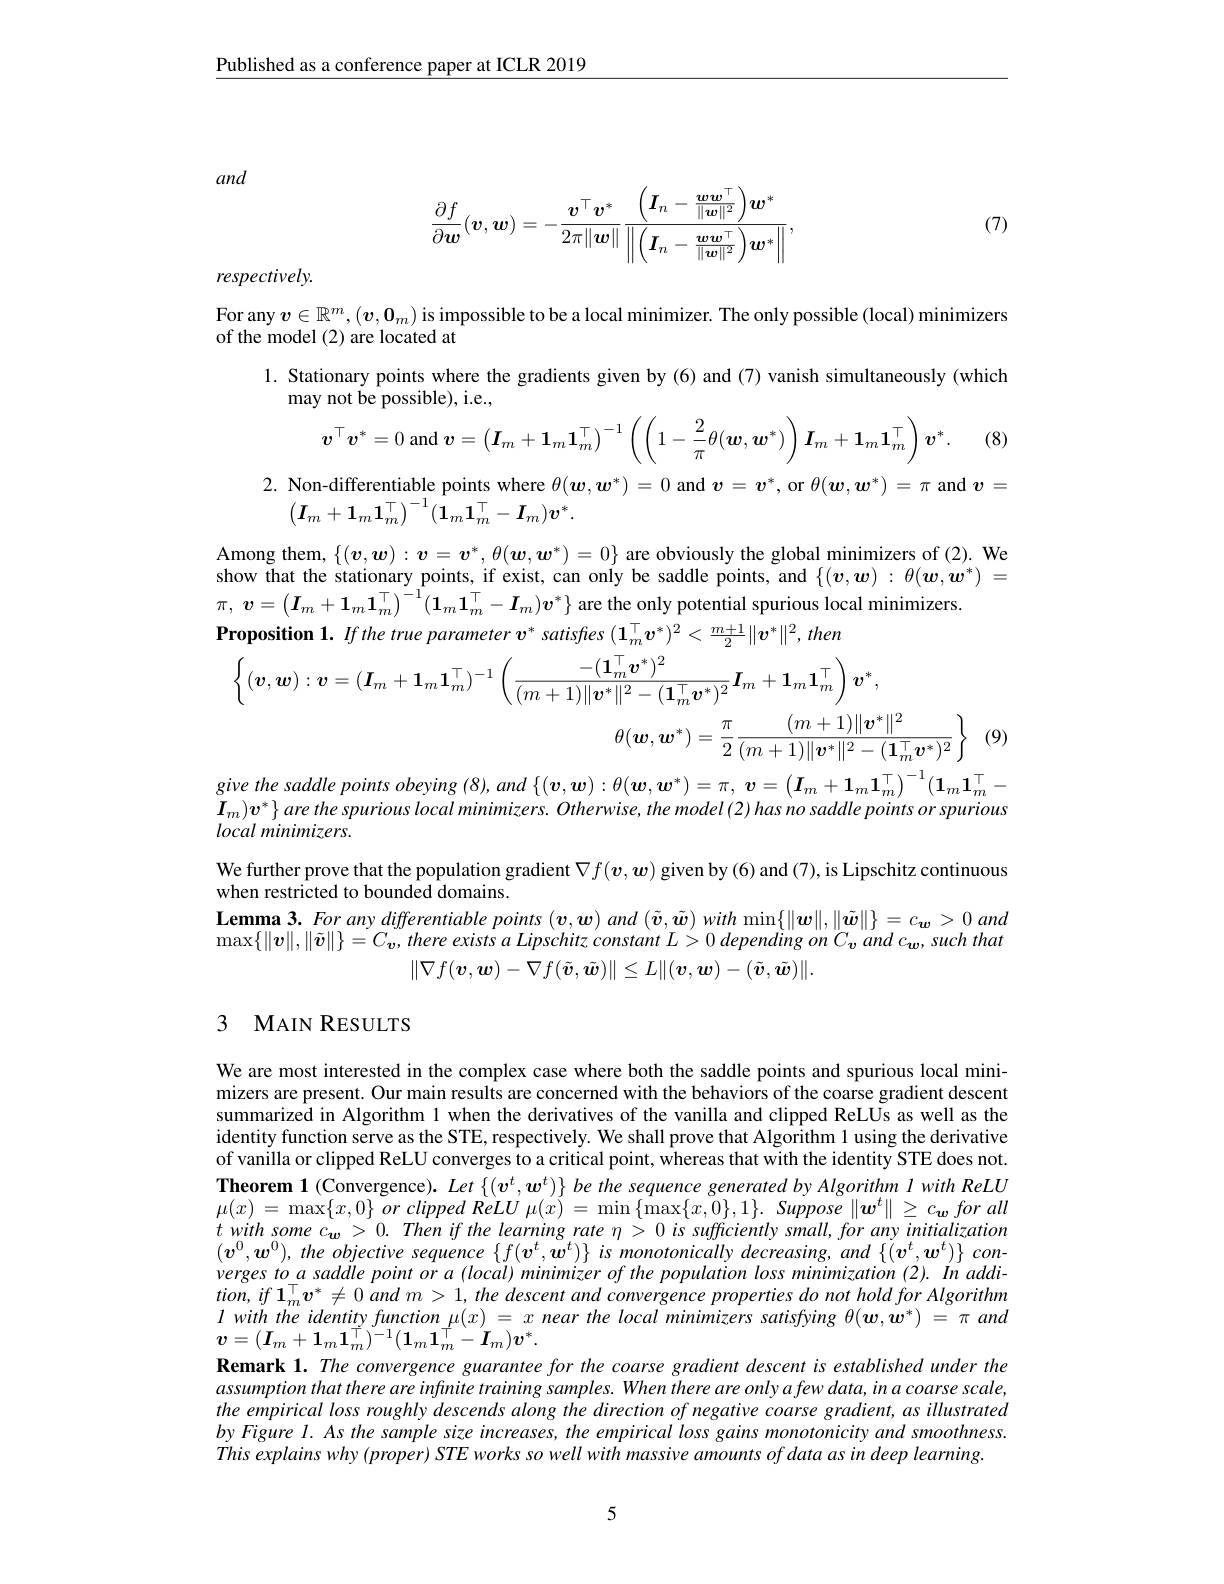
$\underline{\text{Published as a conference paper at ICLR 2019}}$

and
$$\dfrac{\partial f}{\partial\boldsymbol{w}}(\boldsymbol{v},\boldsymbol{w})=-\dfrac{\boldsymbol{v}^\top\boldsymbol{v}^*}{2\pi\|\boldsymbol{w}\|}\dfrac{\left(\boldsymbol{I}_n-\frac{\boldsymbol{w}\boldsymbol{w}^\top}{\|\boldsymbol{w}\|^2}\right)\boldsymbol{w}^*}{\left\|\left(\boldsymbol{I}_n-\frac{\boldsymbol{w}\boldsymbol{w}^\top}{\|\boldsymbol{w}\|^2}\right)\boldsymbol{w}^*\right\|},$$
(7)

respectively.

For any $v\in\mathbb{R}^m,(v,0_m)$ is impossible to be a local minimizer. The only possible (local) minimizers
of the model (2) are located at
1. Stationary points where the gradients given by (6) and (7) vanish simultaneously (which
may not be possible), i.e.,
$$\boldsymbol{v}^\top\boldsymbol{v}^*=0\mathrm{~and~}\boldsymbol{v}=\left(\boldsymbol{I}_m+\boldsymbol{1}_m\boldsymbol{1}_m^\top\right)^{-1}\left(\left(1-\frac{2}{\pi}\theta(\boldsymbol{w},\boldsymbol{w}^*)\right)\boldsymbol{I}_m+\boldsymbol{1}_m\boldsymbol{1}_m^\top\right)\boldsymbol{v}^*.$$
2. Non-differentiable points where $\theta(\boldsymbol{w},\boldsymbol{w}^*)=0$ and $\boldsymbol v=\boldsymbol{v}^*$, or $\theta(\boldsymbol{w},\boldsymbol{w}^*)=\pi$ and $\boldsymbol{v}=$
$$\begin{pmatrix}\boldsymbol{I}_m+\boldsymbol{1}_m\boldsymbol{1}_m^\top\end{pmatrix}^{-1}(\hat{\boldsymbol{1}}_m\boldsymbol{1}_m^\top-\boldsymbol{I}_m)\boldsymbol{v}^*.$$
Among them, $\{(\boldsymbol{v},\boldsymbol{w}):\boldsymbol{v}=\boldsymbol{v}^*,\theta(\boldsymbol{w},\boldsymbol{w}^*)=0\}$ are obviously the global minimizers of (2). We show that the stationary points, if exist, can only be saddle points, and $\{(\boldsymbol{v},\boldsymbol{w}):\theta(\boldsymbol{w},\boldsymbol{w}^*)=$ $\pi $, $\boldsymbol{v}= \left ( \boldsymbol{I}_m+ \boldsymbol{1}_m\boldsymbol{1}_m^\top \right ) ^{- 1}( \boldsymbol{1}_m\boldsymbol{1}_m^\top - \boldsymbol{I}_m) \boldsymbol{v}^* \}$ are the only potential spurious local minimizers.
Proposition 1. If the true parameter v satisfres $(\mathbf{1}_m^\top\boldsymbol{v}^*)^2<\frac{m+1}2\|\boldsymbol{v}^*\|^2,then$

$^{'}(\boldsymbol{v},\boldsymbol{w}):\boldsymbol{v}=(\boldsymbol{I}_{m}+\mathbf{1}_{m}\mathbf{1}_{m}^{\top})^{-1}\left(\frac{-(\mathbf{1}_{m}^{\top}\boldsymbol{v}^{*})^{2}}{(m+1)\|\boldsymbol{v}^{*}\|^{2}-(\mathbf{1}^{\top}\boldsymbol{v}^{*})^{2}}\boldsymbol{I}_{m}+\mathbf{1}_{m}\mathbf{1}_{m}^{\top}\right)\boldsymbol{v}^{*}$
$$\theta(\boldsymbol{w},\boldsymbol{w}^*)=\frac{\pi}{2}\frac{(m+1)\|\boldsymbol{v}^*\|^2}{(m+1)\|\boldsymbol{v}^*\|^2-(\boldsymbol{1}_m^\top\boldsymbol{v}^*)^2}\bigg\}$$
(9)

give the saddle points obeying $( 8) , and$ $\{ ( \boldsymbol{v}, \boldsymbol{w}) : \theta ( \boldsymbol{w}, \boldsymbol{w}^* ) = \pi $, $\boldsymbol{v}= \left ( \boldsymbol{I}_m+ \boldsymbol{1}_m\boldsymbol{1}_m^\top \right ) ^{- 1}( \boldsymbol{1}_m\boldsymbol{1}_m^\top -$ $\boldsymbol{I}_m)\boldsymbol{v}^*\}$ are the spurious local minimizers. Otherwise, the model (2) has no saddle points or spurious local minimizers.
We further prove that the population gradient $\nabla f(\boldsymbol{v},\boldsymbol{w})$ given by (6) and (7), is Lipschitz continuous
when restricted to bounded domains.
$\textbf{Lemma 3. For any differentiable points }( \boldsymbol{v}, \boldsymbol{w}) \textit{ and }( \tilde{\boldsymbol{v}} , \tilde{\boldsymbol{w}} ) \textit{ with}\operatorname* { min} \{ \| \boldsymbol{w}\| , \| \tilde{\boldsymbol{w}} \| \} = c_{\boldsymbol{w}}> 0$ and $\max \{ \| \boldsymbol{v}\| , \| \tilde{\boldsymbol{v}} \| \} = C_{\boldsymbol{v}}, there$ exists $a$ Lipschitz constant $L> 0$ depending $on$ $C_{\boldsymbol{v}}$ and $c_{\boldsymbol{w}}$, such that
$\|\nabla f(\boldsymbol{v},\boldsymbol{w})-\nabla f(\tilde{\boldsymbol{v}},\tilde{\boldsymbol{w}})\|\leq L\|(\boldsymbol{v},\boldsymbol{w})-(\tilde{\boldsymbol{v}},\tilde{\boldsymbol{w}})\|.$

## 3 MAIN RESULTS

We are most interested in the complex case where both the saddle points and spurious local minimizers are present. Our main results are concerned with the behaviors of the coarse gradient descent summarized in Algorithm 1 when the derivatives of the vanilla and clipped ReLUs as well as the identity function serve as the STE, respectively. We shall prove that Algorithm 1 using the derivative of vanilla or clipped ReLU converges to a critical point, whereas that with the identity STE does not. Theorem 1 (Convergence). Let $\{ ( v^t, w^t) \} \textit{be the sequence generated by Algorithm I with ReLU}$ $\mu(x)=\operatorname*{max}\{x,0\}$ or clipped ReLU $\mu(x)=\operatorname*{min}\left\{\operatorname*{max}\{x,0\},1\}.\textit{ Suppose}\left\|\boldsymbol{w}^{t}\right\|\geq c_{\boldsymbol{w}}for\:all\:\right.$ $t$ with some $c_{w}> 0.$ Then $if$ the learning rate $\eta$ > 0 $is$ sufficiently $small$, for any initialization $( \boldsymbol{v}^{0}, \boldsymbol{w}^{0}) , the$ objective sequence $\{ f( \boldsymbol{v}^{t}, \boldsymbol{w}^{t}) \}$ $is$ monotonically $decreasing, and$ $\{ ( \boldsymbol{v}^{t}, \boldsymbol{w}^{t}) \}$ $con-$ verges $to$ $a$ saddle point $or$ $a$ $( local)$ minimizer $of$ the population loss minimization (2). $In$ $addi-$ $tion,if1_{m}^{\top}v^{*}\neq0$ and $m>1,the$ descent and convergence properties do not hold for Algorithm $lwiththeidentityfunction\mu(x)=x$ near the local minimizers satisfying $\theta(\boldsymbol{w},\dot{\boldsymbol{w}}^*)=\pi and$ $\boldsymbol{v}=(\boldsymbol{I}_{m}+\boldsymbol{1}_{m}\boldsymbol{1}_{m}^{\widetilde{\top}})^{-1}(\boldsymbol{1}_{m}\boldsymbol{1}_{m}^{\stackrel{\top}{\top}}-\boldsymbol{I}_{m})\boldsymbol{v}^{*}.$
Remark 1. The convergence guarantee for the coarse gradient descent is established under the assumption that there are infinite training samples. When there are only a few data, in a coarse scale, the empirical loss roughly descends along the direction of negative coarse gradient, as illustrated by Figure I. As the sample size increases, the empirical loss gains monotonicity and smoothness. This explains why $( proper)$ $STE$ works $so$ well with massive amounts $of$ data $as$ $in$ deep $learning.$

5